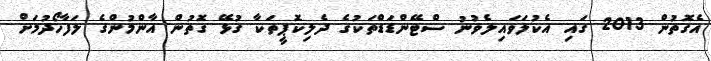
އެގޮތުން 2013 ގައި އެކުލަވައިލެވުނު ސްޓޭންޑަޑްތަކުގެ ދެލިކޮޕީތަކާ ގުޅޭ ގޮތުން އާންމުންގެ ލަފާހޯދުމަށް